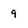
Character: 9